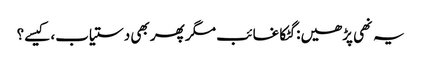
یہ نھی پڑھیں:گٹکا غائب مگر پھر بھی دستیاب، کیسے؟